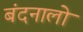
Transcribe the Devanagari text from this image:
बंदनालो